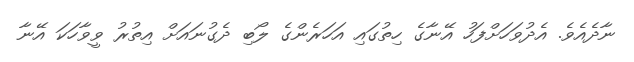
ނާދެއެވެ. އެދުވަހަށްފަހު އޭނާގެ ހިތުގައި އަހަރެންގެ ލޯބި ދެގުނައަށް އިތުރު ވީވާހަކަ އޭނާ